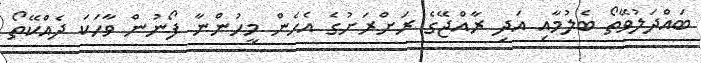
ބައްދަލުވޭތޯ ބެލުމާއި އަދި ރާއްޖޭގެ ރަށްރަށުގެ އެހެން މީހުންނާ ފޯނުން ވާހަކަ ދެއްކޭތޯ